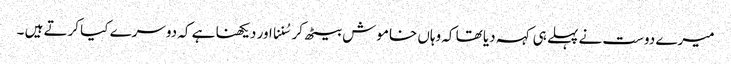
میرے دوست نے پہلے ہی کہہ دیا تھا کہ وہاں خاموش بیٹھ کر سُننا اور دیکھنا ہے کہ دوسرے کیا کرتے ہیں ۔